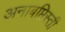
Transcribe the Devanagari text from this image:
अनाबप्तिस्ती